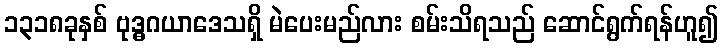
၁၃၁၈ခုနှစ် ဗုဒ္ဓဂယာဒေသရှိ မဲပေးမည်လား စမ်းသိရသည် ဆောင်ရွက်ရန်ဟူ၍